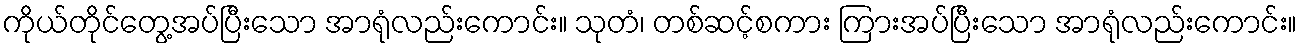
ကိုယ်တိုင်တွေ့အပ်ပြီးသော အာရုံလည်းကောင်း။ သုတံ၊ တစ်ဆင့်စကား ကြားအပ်ပြီးသော အာရုံလည်းကောင်း။